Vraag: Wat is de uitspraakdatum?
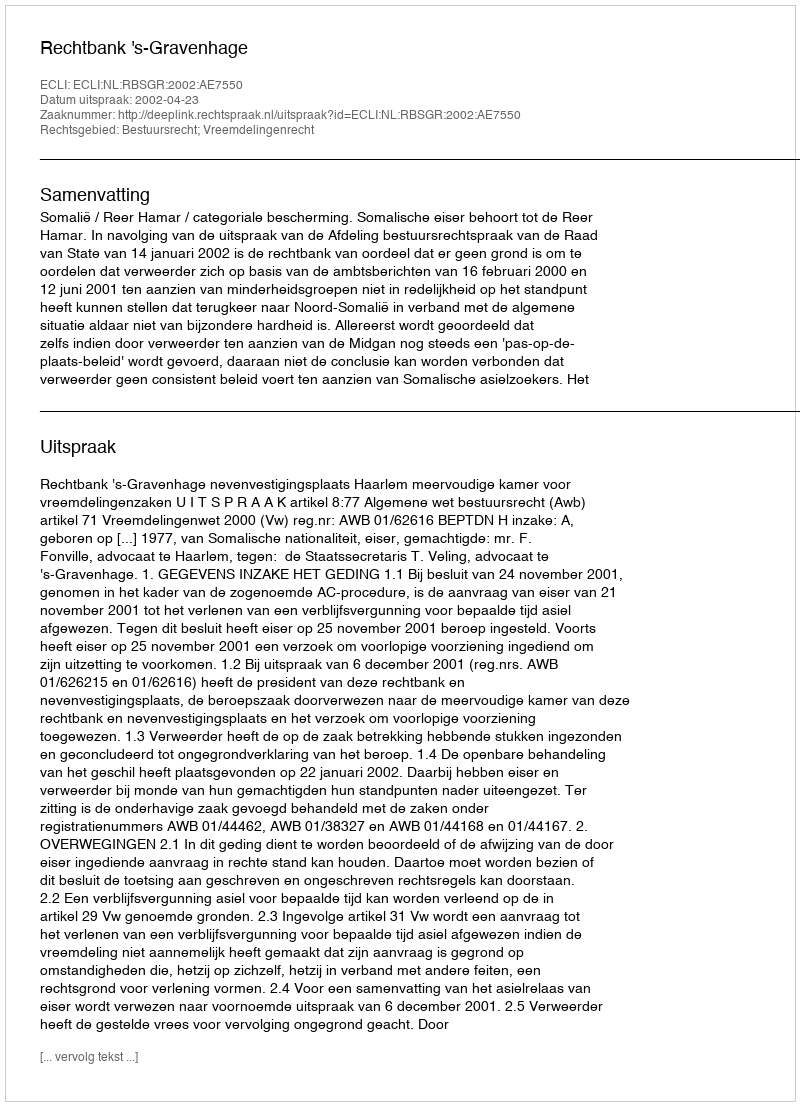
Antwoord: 2002-04-23